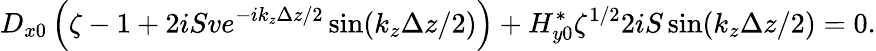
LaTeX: D_{x0}\left(\zeta-1+2iSve^{-ik_{z}\Delta z/2}\sin(k_{z}\Delta z/2)\right)+H_{y0}^{*}\zeta^{1/2}2iS\sin(k_{z}\Delta z/2)=0.